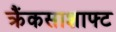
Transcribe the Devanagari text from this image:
क्रैंकसाशाफ्ट